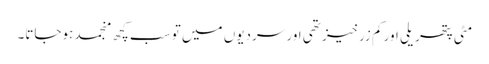
مٹی پتھریلی اور کم زرخیز تھی اور سردیوں میں تو سب کچھ منجمد ہوجاتا۔